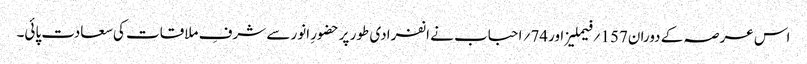
اس عرصہ کے دوران157 ؍فیملیز اور74؍ احباب نے انفرادی طور پرحضورِ انور سے شرفِ ملاقات کی سعادت پائی۔